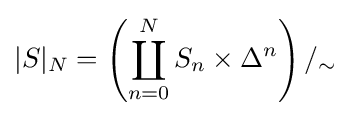
|S|_{N}=\left(\coprod _{n=0}^{N}S_{n}\times \Delta ^{n}\right)/_{\sim }